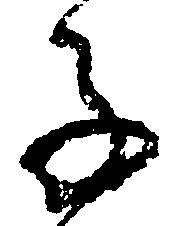
子